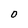
Character: O